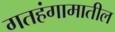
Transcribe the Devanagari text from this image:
गतहंगामातील